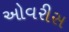
ઓવરીસ